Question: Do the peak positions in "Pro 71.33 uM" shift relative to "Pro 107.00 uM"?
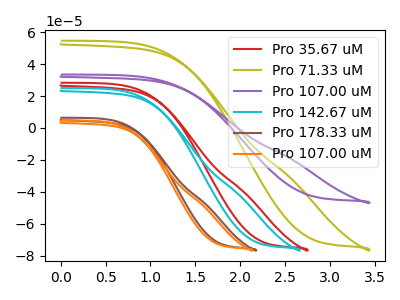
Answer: <think>The red curve "Pro 35.67 uM" has no peaks. The olive curve "Pro 71.33 uM" has no peaks. The purple curve "Pro 107.00 uM" has no peaks. The cyan curve "Pro 142.67 uM" has no peaks. The brown curve "Pro 178.33 uM" has no peaks. The orange curve "Pro 107.00 uM" has no peaks.
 Neither "Pro 71.33 uM" or "Pro 107.00 uM" have any peaks.</think>
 <answer>No, "Pro 71.33 uM" and "Pro 107.00 uM" don't appear to be significantly different in shape</answer>
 <eval>no_change</eval>